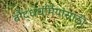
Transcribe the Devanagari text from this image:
बौद्धधर्मियांसाठी